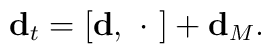
{\bf d}_{t}= [{\bf d}, \ \cdot \ ] +{\bf d}_{M}.